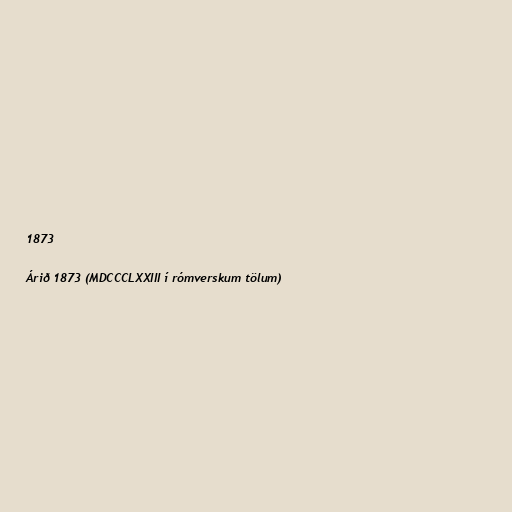
1873

Árið 1873 (MDCCCLXXIII í rómverskum tölum)